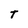
Character: t